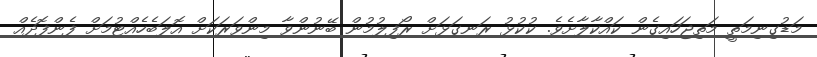
މަޑުގިނިމަތީ މަތިޖަހައިގެން ކައްކާލާށެވެ. ކުކުޅު ރަނގަޅަށް ރޯފިލުމުން ބޭނުންވާ މިންވަރަކަށް އޮލަބެހެއްޓުމަށް ފެންފޮދެއް